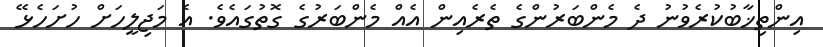
އިންތިޚާބުކުރެވުނު ދެ މެންބަރުންގެ ތެރެއިން އެއް މެންބަރުގެ ގޮތުގައެވެ. އެ މަޖިލީހަށް ހުށަހެޅޭ